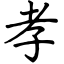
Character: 孝